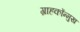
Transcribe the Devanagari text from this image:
ग्राहकोंन्‍मुख